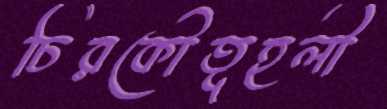
চিরকৌতূহলী